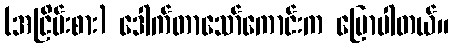
(အငြိမ်းစား) ဒေါက်တာသော်ကောင်းက ပြောပါတယ်။